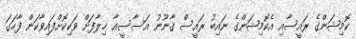
ކޮމިޝަންގެ ރައީސާއި އެކޮމިޝަންގެ ނައިބު ރައީސް ޤާނޫނު އަސާސީއާ ޚިލާފަށް ވަކިކޮށްފައިވާކަން ފާހަގަ